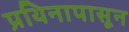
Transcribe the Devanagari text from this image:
प्रथिनापासून